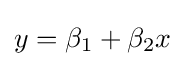
y=\beta _{1}+\beta _{2}x